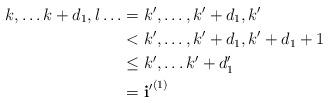
LaTeX: \begin{align*} k, \ldots k+d_1, l \ldots &= k', \ldots , k' + d_1 , k' \\ &< k', \ldots , k' + d_1 , k' + d_1 + 1 \\ &\leq k', \ldots k' + d'_1 \\ &= {\bf i'}^{(1)} \end{align*}